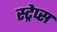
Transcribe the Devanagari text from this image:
स्ट्रेप्स